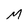
Character: M